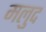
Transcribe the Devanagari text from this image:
मलुद